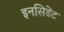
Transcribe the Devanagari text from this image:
इनसिडेंट